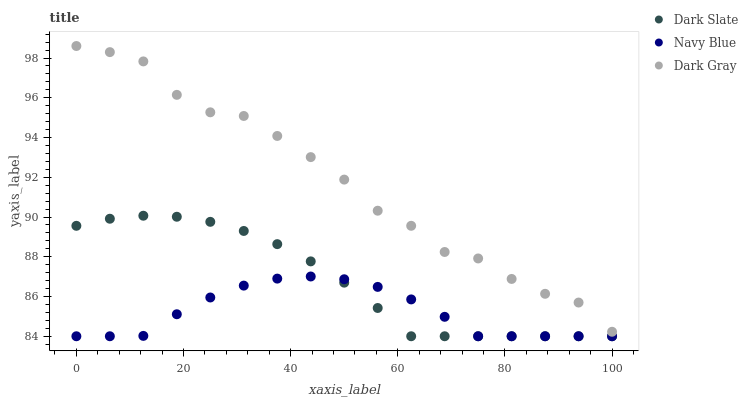
| xaxis_label | Dark Slate | Navy Blue | Dark Gray |
 | --- | --- | --- | --- |
 | 0 | 89.6 | 84 | 98.6 |
 | 6.25 | 89.9 | 84 | 98.3 |
 | 12.5 | 90.1 | 84 | 97.8 |
 | 18.8 | 90 | 85.1 | 96.1 |
 | 25 | 89.8 | 86 | 95.3 |
 | 31.2 | 89.3 | 86.5 | 95.1 |
 | 37.5 | 88.6 | 86.9 | 94.1 |
 | 43.8 | 87.8 | 87 | 93 |
 | 50 | 86.7 | 86.9 | 91.9 |
 | 56.2 | 85.4 | 86.5 | 90.3 |
 | 62.5 | 84 | 85.9 | 89.6 |
 | 68.8 | 84 | 85 | 88.2 |
 | 75 | 84 | 84 | 87.9 |
 | 81.2 | 84 | 84 | 86.9 |
 | 87.5 | 84 | 84 | 86.1 |
 | 93.8 | 84 | 84 | 85.7 |
 | 100 | 84 | 84 | 84.2 |